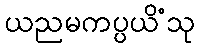
ယညမကပ္ပယိံသု